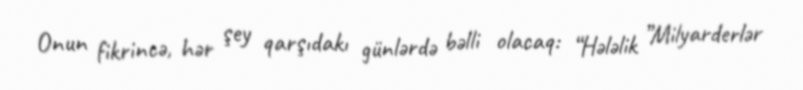
Onun fikrincə, hər şey qarşıdakı günlərdə bəlli olacaq: “Hələlik ”Milyarderlər